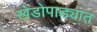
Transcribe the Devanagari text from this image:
खेडोपाड्यात